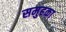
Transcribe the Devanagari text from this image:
समुहका